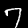
Digit: 7